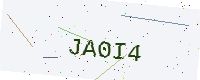
Text: JA0I4